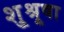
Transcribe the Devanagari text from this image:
शु्श्रूषा